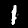
Label: 1